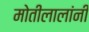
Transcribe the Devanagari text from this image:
मोतीलालांनी